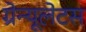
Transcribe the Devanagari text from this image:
ग्रेन्यूलेटस